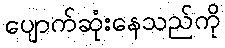
ပျောက်ဆုံးနေသည်ကို